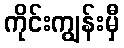
ကိုင်းကျွန်းမှီ